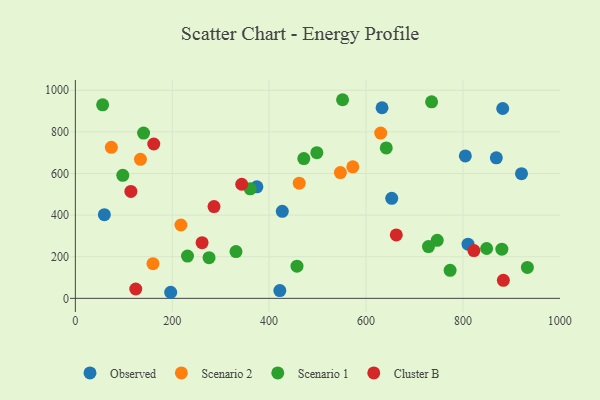
{"axis": {"x": "Speed", "y": "Sales"}, "legend": ["Cluster B", "Observed", "Scenario 1", "Scenario 2"], "data": [{"x": "422.1", "y": 37.5, "type": "Observed"}, {"x": "805.0", "y": 684.7, "type": "Observed"}, {"x": "633.1", "y": 916.0, "type": "Observed"}, {"x": "653.1", "y": 480.7, "type": "Observed"}, {"x": "869.0", "y": 675.5, "type": "Observed"}, {"x": "810.6", "y": 260.5, "type": "Observed"}, {"x": "427.2", "y": 418.2, "type": "Observed"}, {"x": "882.2", "y": 912.5, "type": "Observed"}, {"x": "196.8", "y": 29.2, "type": "Observed"}, {"x": "921.0", "y": 599.3, "type": "Observed"}, {"x": "59.9", "y": 402.0, "type": "Observed"}, {"x": "374.7", "y": 535.8, "type": "Observed"}, {"x": "217.9", "y": 352.5, "type": "Scenario 2"}, {"x": "160.2", "y": 166.7, "type": "Scenario 2"}, {"x": "74.3", "y": 725.6, "type": "Scenario 2"}, {"x": "547.1", "y": 604.5, "type": "Scenario 2"}, {"x": "630.3", "y": 794.5, "type": "Scenario 2"}, {"x": "462.1", "y": 553.4, "type": "Scenario 2"}, {"x": "134.4", "y": 668.0, "type": "Scenario 2"}, {"x": "572.8", "y": 632.1, "type": "Scenario 2"}, {"x": "551.6", "y": 954.6, "type": "Scenario 1"}, {"x": "773.6", "y": 134.7, "type": "Scenario 1"}, {"x": "457.5", "y": 154.7, "type": "Scenario 1"}, {"x": "880.4", "y": 236.5, "type": "Scenario 1"}, {"x": "933.1", "y": 148.4, "type": "Scenario 1"}, {"x": "498.5", "y": 699.9, "type": "Scenario 1"}, {"x": "728.9", "y": 248.8, "type": "Scenario 1"}, {"x": "56.3", "y": 929.9, "type": "Scenario 1"}, {"x": "849.0", "y": 239.6, "type": "Scenario 1"}, {"x": "471.6", "y": 671.8, "type": "Scenario 1"}, {"x": "231.5", "y": 203.3, "type": "Scenario 1"}, {"x": "641.8", "y": 723.1, "type": "Scenario 1"}, {"x": "747.0", "y": 278.8, "type": "Scenario 1"}, {"x": "97.9", "y": 591.1, "type": "Scenario 1"}, {"x": "276.0", "y": 195.4, "type": "Scenario 1"}, {"x": "140.8", "y": 794.5, "type": "Scenario 1"}, {"x": "735.4", "y": 944.6, "type": "Scenario 1"}, {"x": "360.9", "y": 526.6, "type": "Scenario 1"}, {"x": "331.6", "y": 224.9, "type": "Scenario 1"}, {"x": "124.7", "y": 44.9, "type": "Cluster B"}, {"x": "161.9", "y": 741.8, "type": "Cluster B"}, {"x": "662.5", "y": 305.0, "type": "Cluster B"}, {"x": "343.4", "y": 548.4, "type": "Cluster B"}, {"x": "114.6", "y": 514.1, "type": "Cluster B"}, {"x": "822.7", "y": 229.7, "type": "Cluster B"}, {"x": "261.6", "y": 267.6, "type": "Cluster B"}, {"x": "286.2", "y": 440.9, "type": "Cluster B"}, {"x": "883.5", "y": 86.8, "type": "Cluster B"}]}